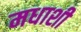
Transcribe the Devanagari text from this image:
मधाशी